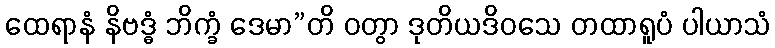
ထေရာနံ နိဗဒ္ဓံ ဘိက္ခံ ဒေမာ”တိ ဝတွာ ဒုတိယဒိဝသေ တထာရူပံ ပါယာသံ